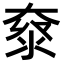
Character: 𡙌